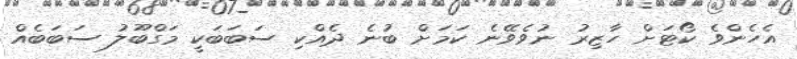
އެހެންވެ ކޯޓަށް ހާޒިރު ނުވެވޭނެ ކަމަށް ބުނެ ދެއްކި ސަބަބަކީ މަގްބޫލު ސަބަބެއް